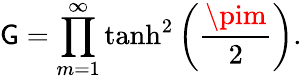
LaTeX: \mathsf{G}=\prod_{m=1}^{\infty}\operatorname{tanh}^{2}\left({\frac{{\pim}}{{2}}}\right).